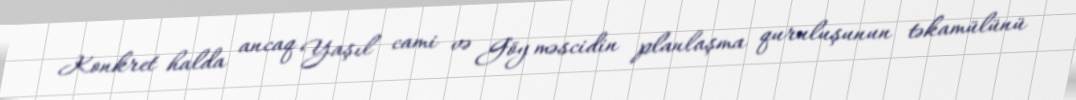
Konkret halda ancaq Yaşıl cami və Göy məscidin planlaşma quruluşunun təkamülünü